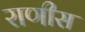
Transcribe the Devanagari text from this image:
राणीस